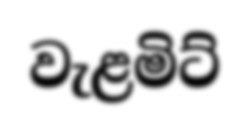
වැළමිට්